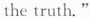
the truth."